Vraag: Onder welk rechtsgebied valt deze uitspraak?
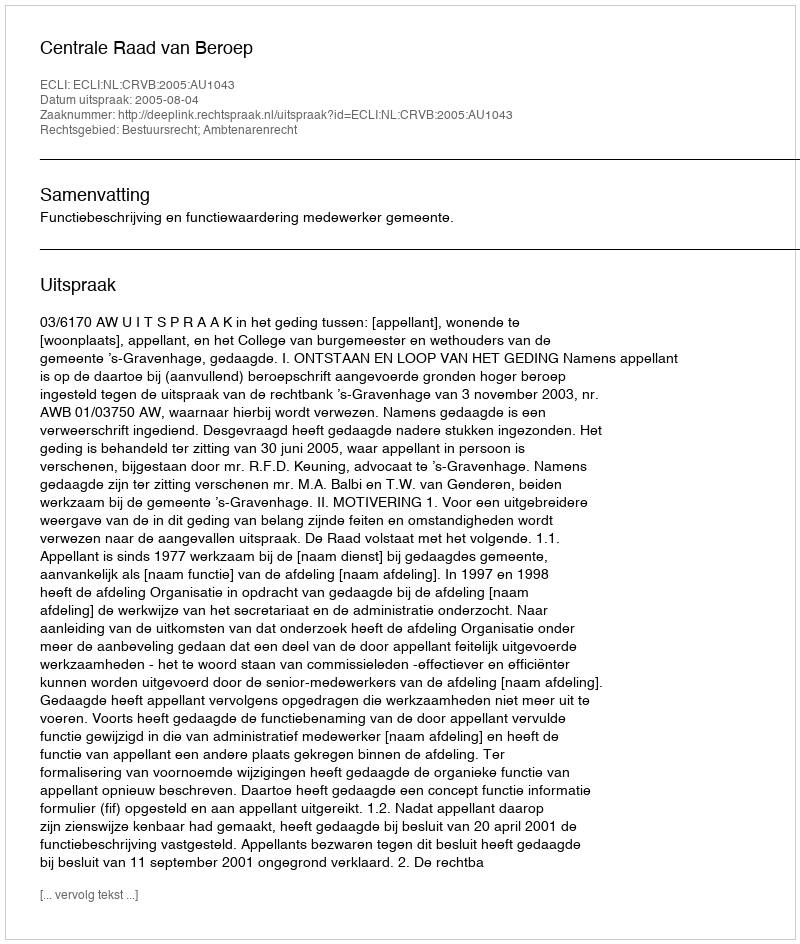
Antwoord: Bestuursrecht; Ambtenarenrecht